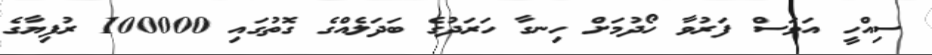
ސިއްހީ އަވަސް ފަރުވާ ހޯދުމަށް ހިނގާ ހަރަދުގެ ބަދަލެއްގެ ގޮތުގައި 100000 ރުފިޔާގެ